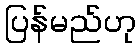
ပြန်မည်ဟု